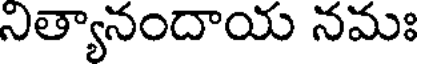
నిత్యానందాయ నమః